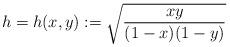
LaTeX: \begin{align*}h=h(x,y):=\sqrt\frac{xy}{(1-x)(1-y)}\end{align*}